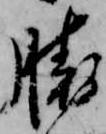
勝